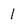
Character: 1